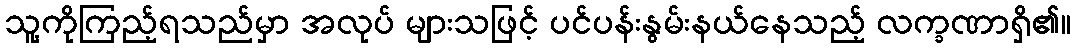
သူ့ကိုကြည့်ရသည်မှာ အလုပ် များသဖြင့် ပင်ပန်းနွမ်းနယ်နေသည့် လက္ခဏာရှိ၏။